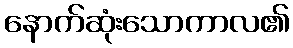
နောက်ဆုံးသောကာလ၏